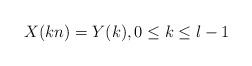
LaTeX: \begin{align*} X(kn) = Y(k),0 \le k \le l - 1 \end{align*}